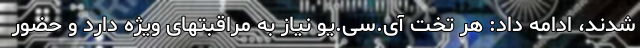
شدند، ادامه داد: هر تخت آی.سی.یو نیاز به مراقبتهای ویژه دارد و حضور